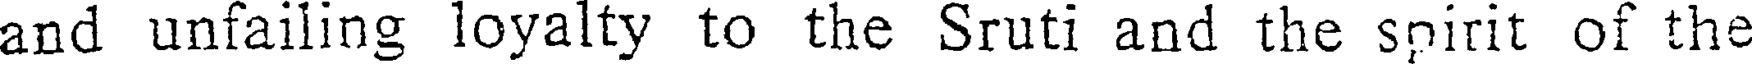
and unfailing loyalty to the Sruti and the spirit of the